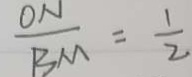
\frac { O N } { B M } = \frac { 1 } { 2 }